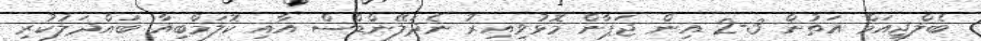
ބެލްޖިއަމް އަތުން 3-2 އިން ޖަޕާން މޮޅުވިއިރު ނެދަލޭންޑްސް އާއި ކޮލަމްބިއާ ބައްދަލުކުރި